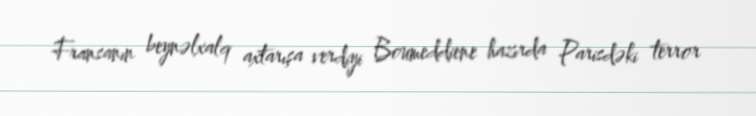
Fransanın beynəlxalq axtarışa verdiyi Boumeddiene hazırda Parisdəki terror